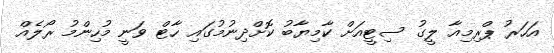
އަހަރު ޕްރިމިއާ ލީގު ސިޓީއަށް ކާމިޔާބު ކޮށްދިނުމުގައި ހާޓް ވަނީ މުހިންމު ރޯލެއް